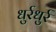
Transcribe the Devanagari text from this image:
धुर्रधुर्र